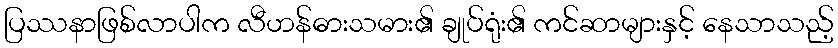
ပြဿနာဖြစ်လာပါက လီဟန်ဓားသမား၏ ချုပ်ရုံး၏ ကင်ဆာများနှင့် နေသာသည့်